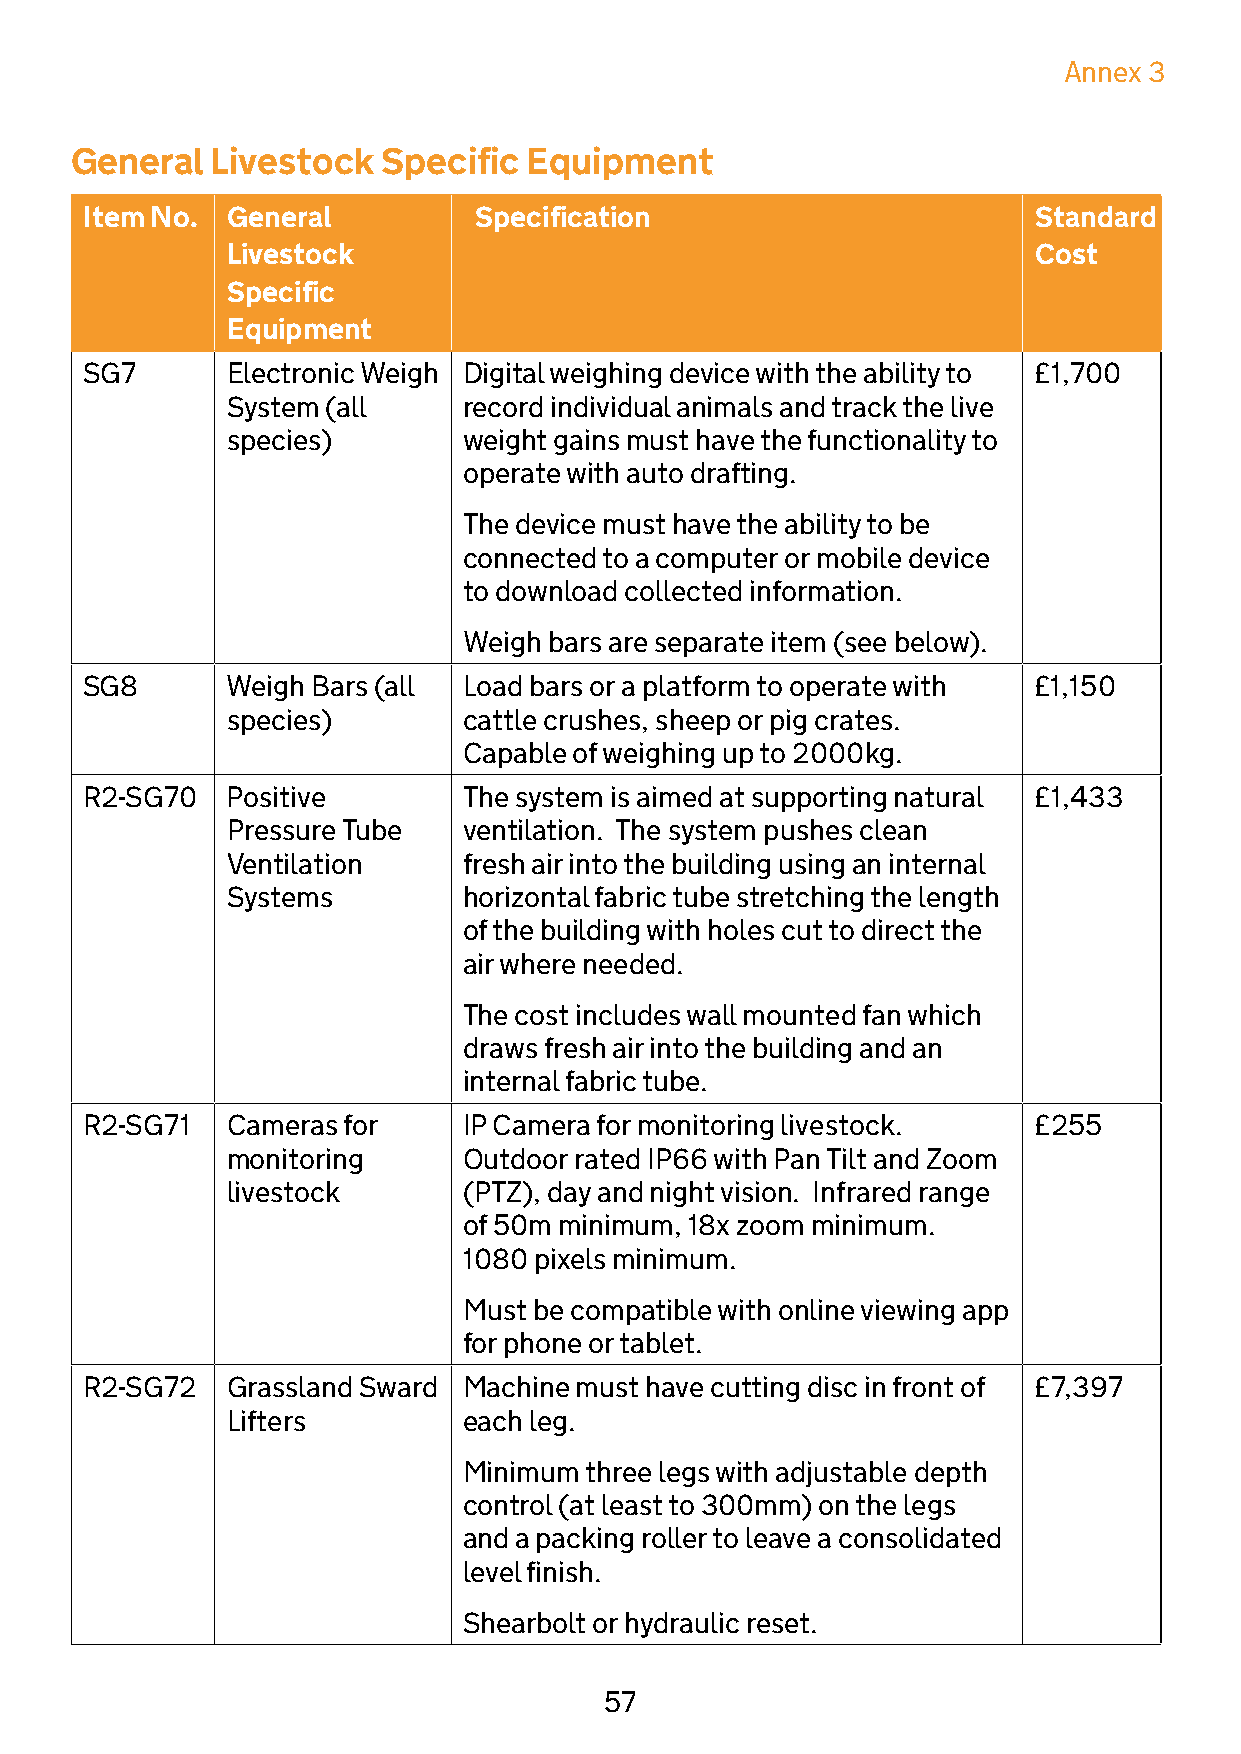
Annex 3
 General  Livestock  Specific  Equipment
 Item No. General         Specification                        Standard
 Livestock                                            Cost
 Specific
 Equipment
 SG7       Electronic Weigh Digital weighing device with the ability to £1,700
 System (all     record individual animals and track the live
 species)        weight gains must have the functionality to
 operate with auto drafting.
 The device must have the ability to be
 connected to a computer or mobile device
 to download collected information.
 Weigh bars are separate item (see below).
 SG8       Weigh Bars (all Load bars or a platform to operate with £1,150
 species)        cattle crushes, sheep or pig crates.
 Capable of weighing up to 2000kg.
 R2-SG70   Positive        The system is aimed at supporting natural £1,433
 Pressure Tube   ventilation. The system pushes clean
 Ventilation     fresh air into the building using an internal
 Systems         horizontal fabric tube stretching the length
 of the building with holes cut to direct the
 air where needed.
 The cost includes wall mounted fan which
 draws fresh air into the building and an
 internal fabric tube.
 R2-SG71   Cameras for     IP Camera for monitoring livestock.  £255
 monitoring      Outdoor rated IP66 with Pan Tilt and Zoom
 livestock       (PTZ), day and night vision. Infrared range
 of 50m minimum, 18x zoom minimum.
 1080 pixels minimum.
 Must be compatible with online viewing app
 for phone or tablet.
 R2-SG72   Grassland Sward Machine must have cutting disc in front of £7,397
 Lifters         each leg.
 Minimum three legs with adjustable depth
 control (at least to 300mm) on the legs
 and a packing roller to leave a consolidated
 level finish.
 Shearbolt or hydraulic reset.
 57